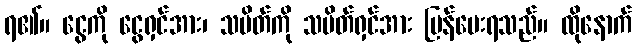
ရ၏။ ငွေကို ငွေရှင်အား၊ သပိတ်ကို သပိတ်ရှင်အား ပြန်ပေးရသည်။ ထိုနောက်